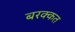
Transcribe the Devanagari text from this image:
बरक्कत